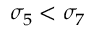
\sigma _ { 5 } < \sigma _ { 7 }